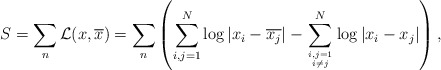
\begin{align*}S = \sum_n {\cal L}(x,\overline{x}) =\sum_n \left( \sum_{i,j=1}^{N} \log | x_{i}-\overline{x_{j}}| -\sum_{i,j=1 \atop i \ne j }^{N} \log | x_{i}-{x_{j}}| \right) ,\end{align*}